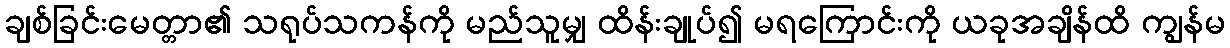
ချစ်ခြင်းမေတ္တာ၏ သရုပ်သကန်ကို မည်သူမျှ ထိန်းချုပ်၍ မရကြောင်းကို ယခုအချိန်ထိ ကျွန်မ